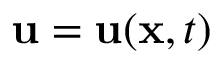
\mathbf { u } = \mathbf { u } ( \mathbf { x } , t )